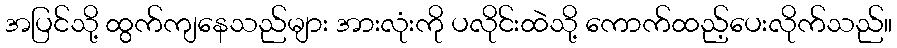
အပြင်သို့ ထွက်ကျနေသည်များ အားလုံးကို ပလိုင်းထဲသို့ ကောက်ထည့်ပေးလိုက်သည်။